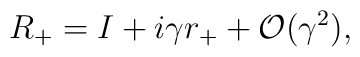
R_+ = I + i \gamma r_+ + {\cal O}(\gamma^2),